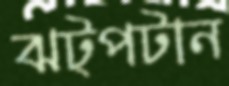
ঝট্‌পটান